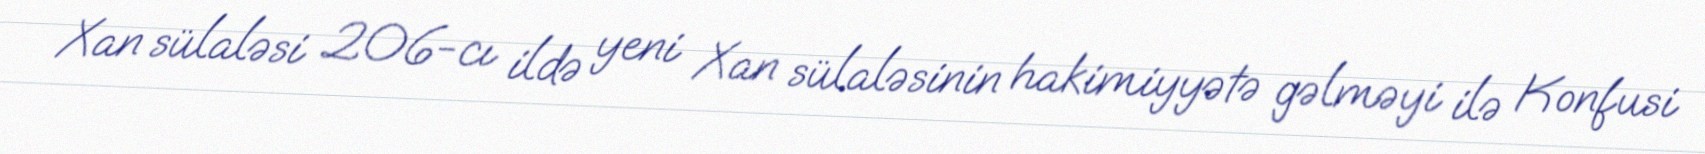
Xan sülaləsi 206-cı ildə yeni Xan sülaləsinin hakimiyyətə gəlməyi ilə Konfusi